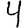
Digit: 4